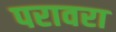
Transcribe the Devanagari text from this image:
परावरा